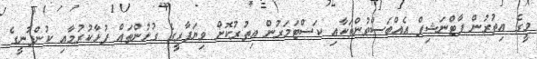
މީގެ އިތުރުން ފާޓްނަޝިޕް އެއްބަސްވުންތަކާއި ކަސްޓަމަރުން އިތުރުކޮށް ވިޔަފާރީގެ ގުޅުންތައް ފުޅާކުރުމާއި ކުންފުނީގެ